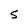
Character: S